Lunatic asylums in Bengal annual reports 1899-1911 - 1899-1911
Year: 1899
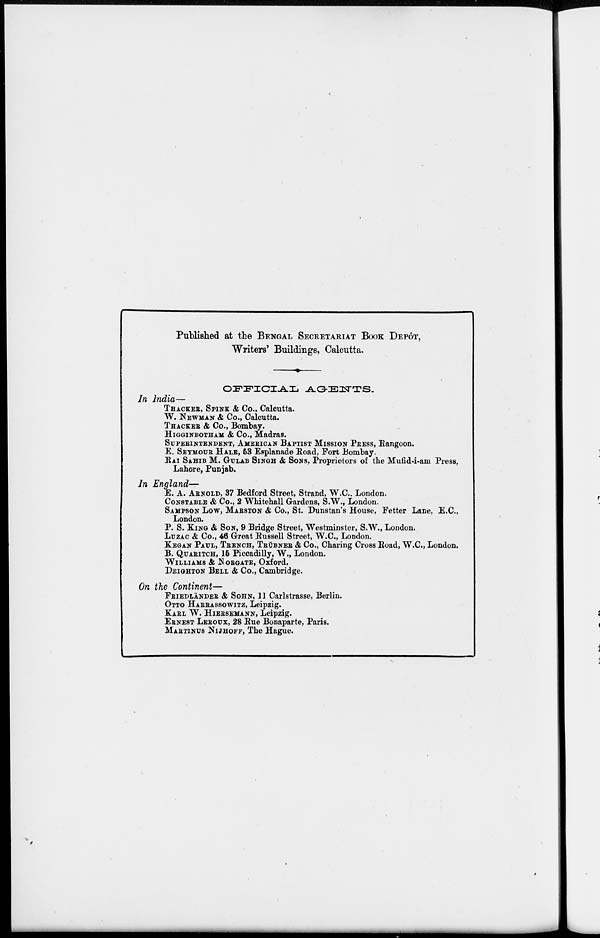
Published at the BENGAL SECRETARIAT BOOK DEPÔT,
Writers' Buildings, Calcutta.
OFFICIAL
AGENTS.
In India—
THACKER, SPINK & Co., Calcutta.
W. NEWMAN & Co., Calcutta.
THACKER & Co., Bombay.
HIGGINBOTHAM & Co., Madras.
SUPERINTENDENT, AMERICAN BAPTIST MISSION PRESS, Rangoon.
E. SEYMOUR HALE, 53 Esplanade Road, Fort Bombay.
RAI SAHIB M. GULAB SINGH & SONS, Proprietors of the Mufid-i-am Press,
Lahore, Punjab.
In England—
E. A. ARNOLD, 37 Bedford Street, Strand, W.C., London.
CONSTABLE & Co., 2 Whitehall Gardens, S.W., London.
SAMPSON LOW, MARSTON & Co., St. Dunstan's House, Fetter Lane, E.C.,
London.
P. S. KING & SON, 9 Bridge Street, Westminster, S.W., London.
LUZAC & Co., 46 Great Russell Street, W.C., London.
KEGAN PAUL, TRENCH, TRÜBNER & Co., Charing Cross Road, W.C., London.
B. QUARITCH, 16 Piccadilly, W., London.
WILLIAMS & NORGATE, Oxford.
DEIGHTON BELL & Co., Cambridge.
On the Continent—
FRIEDLANDER & SOHN, 11 Carlstrasse, Berlin.
OTTO HARRASSOWITZ, Leipzig.
KARL W. HIERSEMANN, Leipzig.
ERNEST LEROUX, 28 Rue Bonaparte, Paris.
MARTINUS NIJHOFF, The Hague.